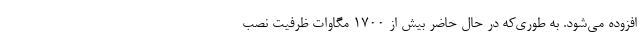
افزوده می‌شود. به طوری‌که در حال حاضر بیش از ۱۷۰۰ مگاوات ظرفیت نصب